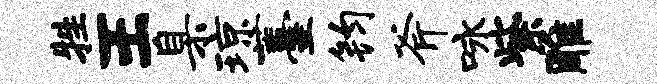
牲王臬琼薹钧斧咏紫雕